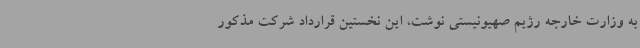
به وزارت خارجه رژیم صهیونیستی نوشت، این نخستین قرارداد شرکت مذکور